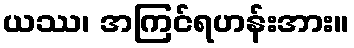
ယဿ၊ အကြင်ရဟန်းအား။